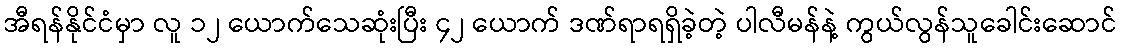
အီရန်နိုင်ငံမှာ လူ ၁၂ ယောက်သေဆုံးပြီး ၄၂ ယောက် ဒဏ်ရာရရှိခဲ့တဲ့ ပါလီမန်နဲ့ ကွယ်လွန်သူခေါင်းဆောင်